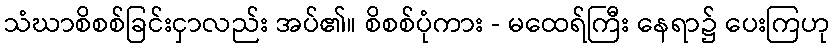
သံဃာစိစစ်ခြင်းငှာလည်း အပ်၏။ စိစစ်ပုံကား - မထေရ်ကြီး နေရာ၌ ပေးကြဟု